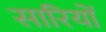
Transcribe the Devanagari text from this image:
सारियों